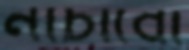
নাচাবো